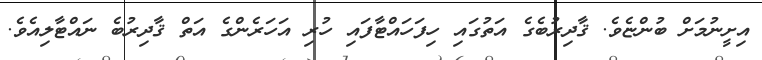
އިށީނުމަށް ބުންޏެވެ. ޤާދިރުބެގެ އަތުގައި ހިފަހައްޓާފައި ހުރި އަހަރެންގެ އަތް ޤާދިރުބެ ނައްޓާލިއެވެ.